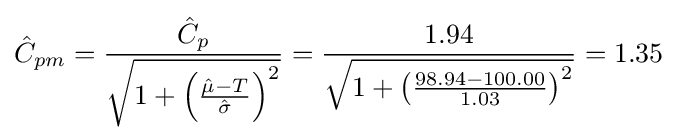
{\hat {C}}_{pm}={\frac {{\hat {C}}_{p}}{\sqrt {1+\left({\frac {{\hat {\mu }}-T}{\hat {\sigma }}}\right)^{2}}}}={\frac {1.94}{\sqrt {1+\left({\frac {98.94-100.00}{1.03}}\right)^{2}}}}=1.35